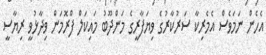
އެހެން ނަމަވެސް އެމެރިކާ ސަރުކާރުގެ ވިޔަފާރީގެ މަންދޫބު މައިކަލް ފްރޮމަން ވިދާޅުވީ ރިޔާސީ